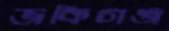
জকিগঞ্জ